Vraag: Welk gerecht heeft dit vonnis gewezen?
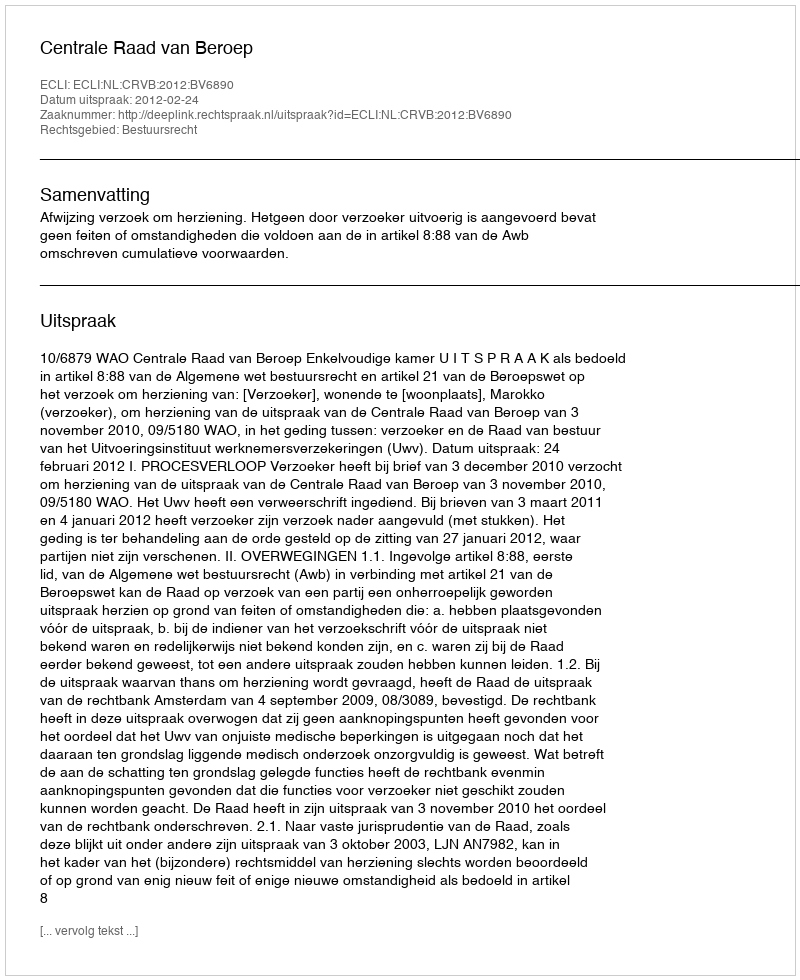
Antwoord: Centrale Raad van Beroep